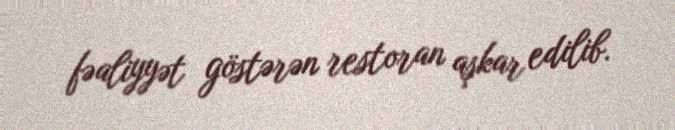
fəaliyyət göstərən restoran aşkar edilib.